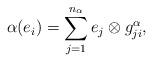
LaTeX: \begin{align*}\alpha(e_i)=\sum^{n_{\alpha}}_{j=1} e_j\otimes g^{\alpha}_{ji},\end{align*}